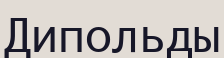
Дипольды